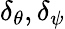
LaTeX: \delta_{\theta},\delta_{\psi}